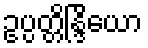
ဥပ္ပတ္တိန္ဒြိယော